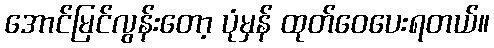
အောင်မြင်လွန်းတော့ ပုံမှန် ထုတ်ဝေပေးရတယ်။